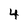
Character: 4